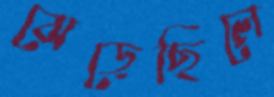
ঝেড়েছিলে